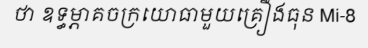
ថា ឧទ្ធម្ភាគចក្រយោធាមួយគ្រឿងធុន Mi-8